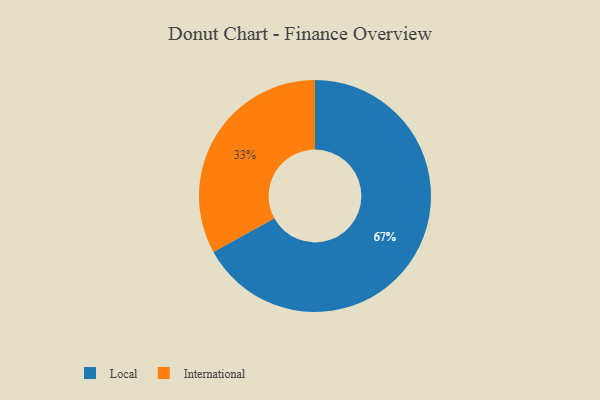
{"axis": {"x": "Category", "y": "Percentage"}, "legend": ["International", "Local"], "data": [{"x": "International", "y": 33, "type": "International"}, {"x": "Local", "y": 67, "type": "Local"}]}